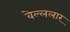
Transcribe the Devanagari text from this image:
वेल्ललार